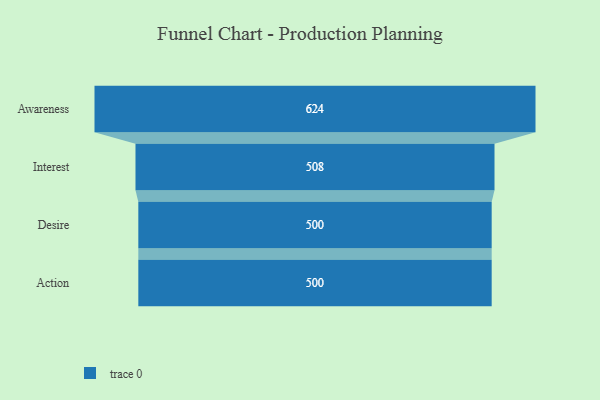
{"axis": {"x": "Stage", "y": "Value"}, "legend": [""], "data": [{"x": "Awareness", "y": 624.0, "type": ""}, {"x": "Interest", "y": 508.0, "type": ""}, {"x": "Desire", "y": 500, "type": ""}, {"x": "Action", "y": 500, "type": ""}]}